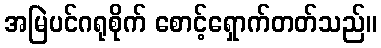
အမြဲပင်ဂရုစိုက် စောင့်ရှောက်တတ်သည်။